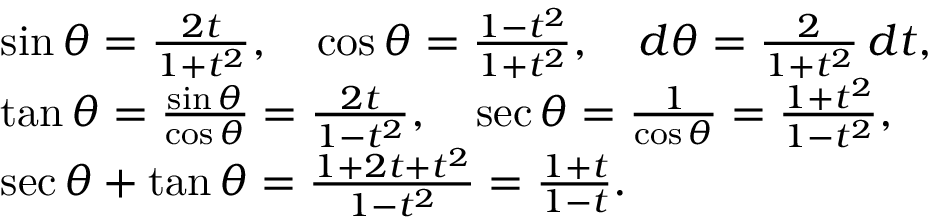
{ \begin{array} { r l } & { \sin \theta = { \frac { 2 t } { 1 + t ^ { 2 } } } , \quad \cos \theta = { \frac { 1 - t ^ { 2 } } { 1 + t ^ { 2 } } } , \quad d \theta = { \frac { 2 } { 1 + t ^ { 2 } } } \, d t , } \\ & { \tan \theta = { \frac { \sin \theta } { \cos \theta } } = { \frac { 2 t } { 1 - t ^ { 2 } } } , \quad \sec \theta = { \frac { 1 } { \cos \theta } } = { \frac { 1 + t ^ { 2 } } { 1 - t ^ { 2 } } } , } \\ & { \sec \theta + \tan \theta = { \frac { 1 + 2 t + t ^ { 2 } } { 1 - t ^ { 2 } } } = { \frac { 1 + t } { 1 - t } } . } \end{array} }